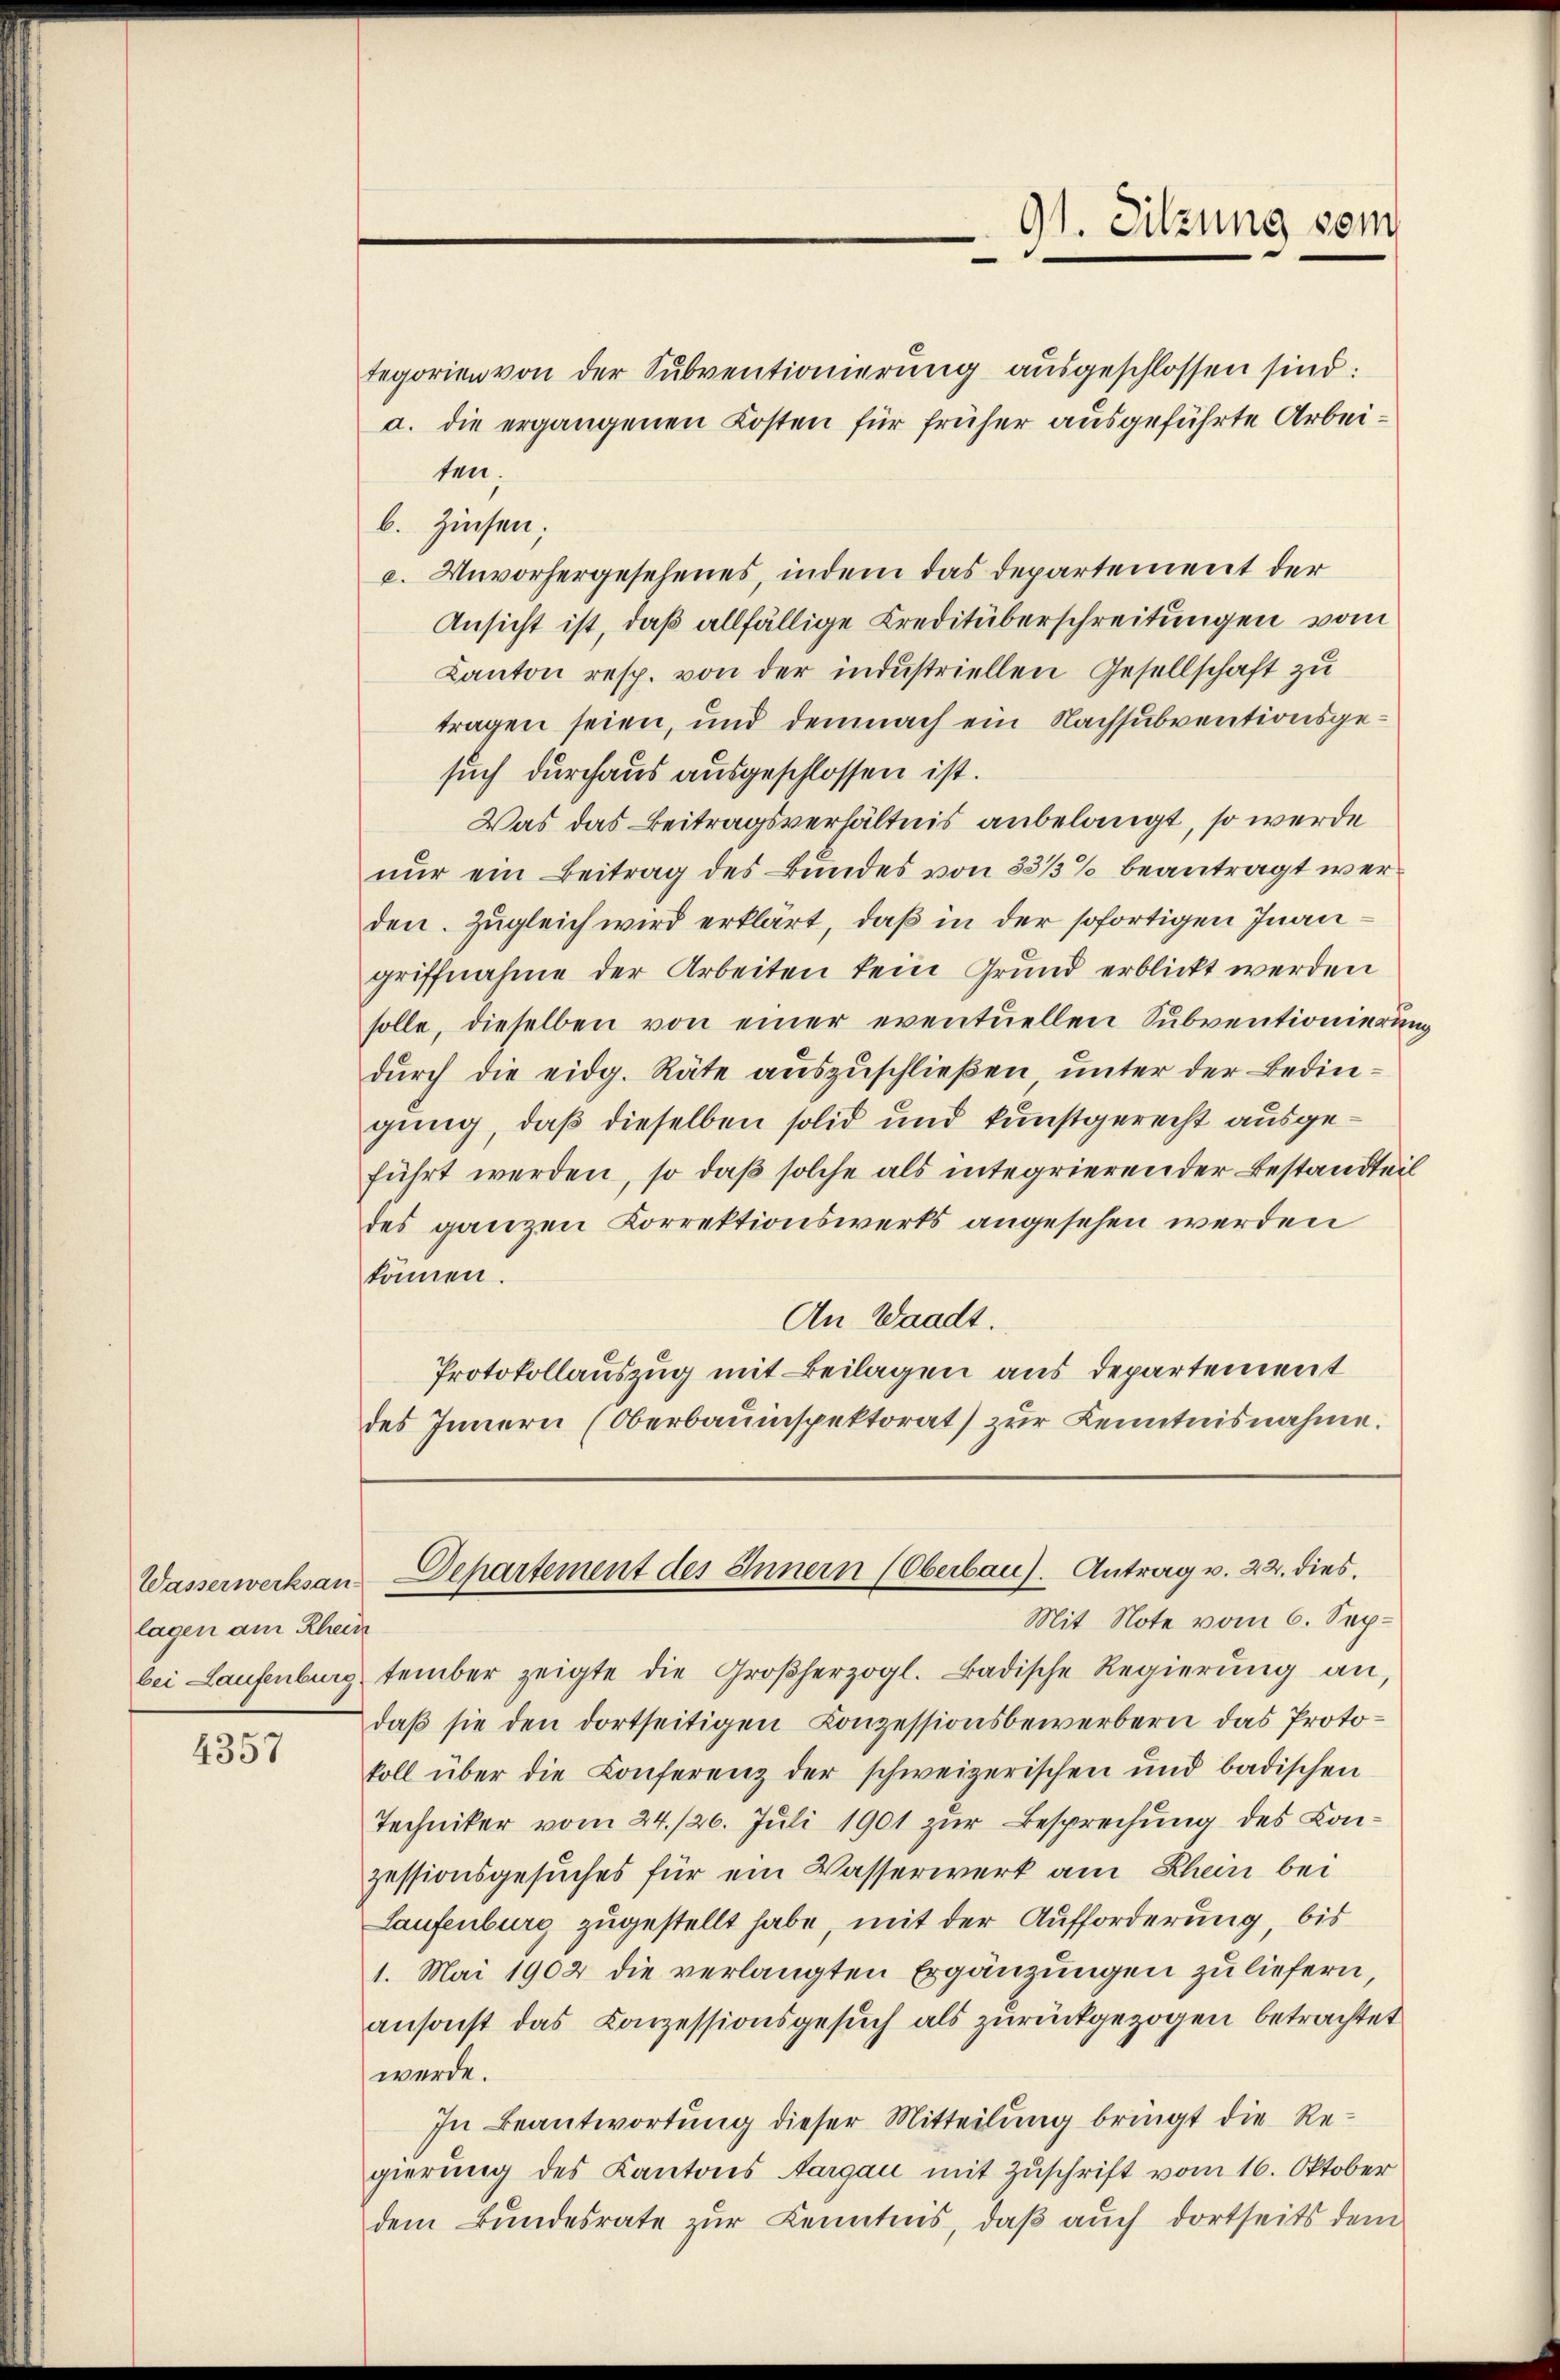
Wasserwerksan-
lagen am Rhein
bei Laufenburg

4357

tegorien von der Sŭbventionierŭng aŭsgeschlossen sind:
a. die ergangenen Kosten für früher ausgeführte Arbeiten.
b. Zinsen;
e. Unvorhergesehenes, indem das Departement der
Ansicht ist, daß allfällige Kreditüberschreitungen vom
Kanton resp. von der industriellen Gesellschaft zu
tragen seien, und demnach ein Nachsubventionsgesuch durchaus ausgeschlossen ist.
Was das Beitragsverhältnis anbelangt, so werde
nur ein Beitrag des Bundes von 33/3% beantragt werden. Zugleich wird erklärt, daß in der sofortigen Inangriffnahme der Arbeiten kein Grund erblickt werden
solle, dieselben von einer eventuellen Subventionierung
dŭrch die eidg. Räte auszuschließen unter der Bedingung, daß dieselben solid und kunstgerecht ausgeführt werden, so daß solche als integrieren der Bestandteil
des ganzen Korrektionswerks angesehen werden
können.
An Waadt.
Protokollauszug mit Beilagen aus departement
des Innern (Oberbauinspektorat) zŭr Kenntnisnahme.

Mit Note vom 6. September zeigte die Großherzogl. Badische Regierŭng an
daß sie den dortseitigen Conzessionsbewerbern das Protokoll über die Conferenz der schweizerischen und badischen
Techniker vom 24./26. Juli 1901 zur Besprechung des Conzessionsgesuches für ein Wasserwerk am Rhein bei
Laufenburg zugestellt habe, mit der Aufforderung, bis
1. Mai 1902 die verlangten Ergänzungen zu liefern,
ansonst das Conzessionsgesŭch als zurückgezogen betrachtet
werde.
In Beantwortung dieser Mitteilung bringt die Regierung des Kantons Aargau mit Zuschrift vom 16. Oktober
dem Bundesrate zur Kenntnis, daß auch dortseits dem

91. Sitzung sein

Departement des Innern (Oberbau). Antrag v. 22. dies